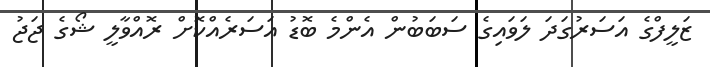
ޒަލީފްގެ އަސަރުގަދަ ލަވައިގެ ސަބަބުން އެންމެ ބޮޑު އަސަރެއްކޮށް ރޮއްވާލީ ޝޯގެ ޖަޖު